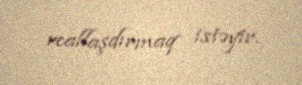
reallaşdırmaq istəyir.